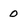
Character: 0